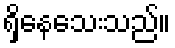
ရှိနေသေးသည်။